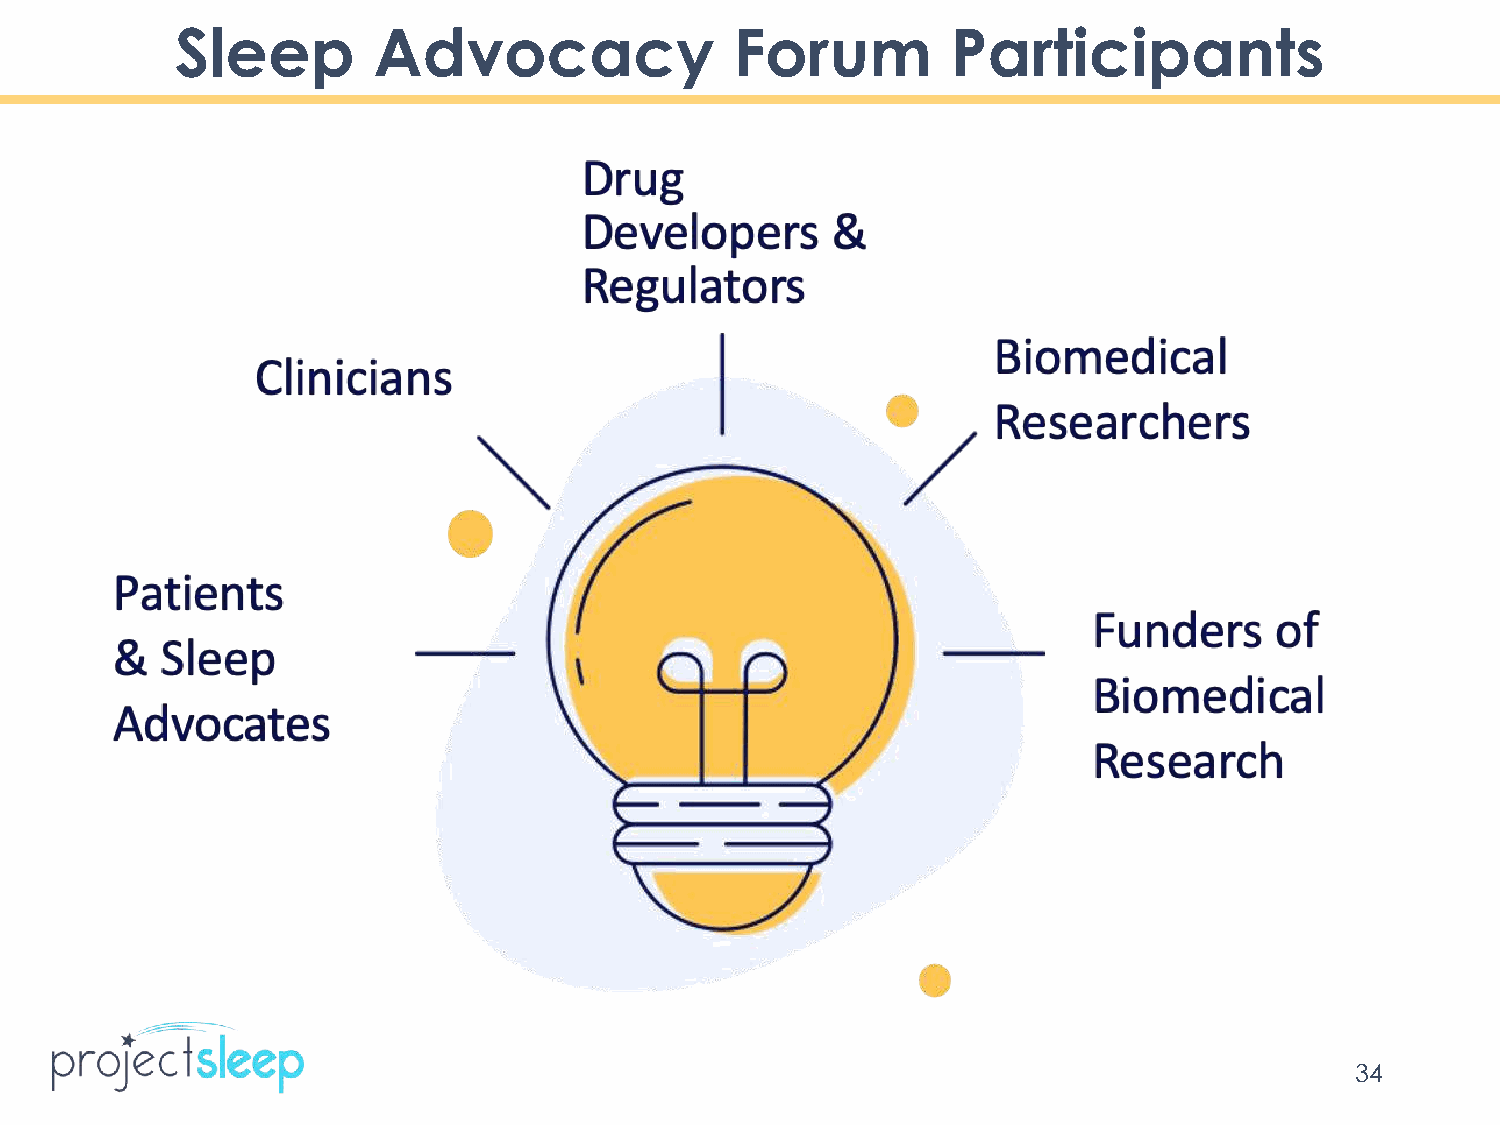
Sleep        Advocacy                Forum         Participants
 34